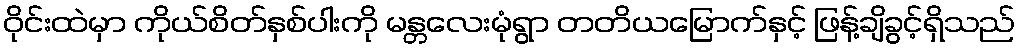
ဝိုင်းထဲမှာ ကိုယ်စိတ်နှစ်ပါးကို မန္တလေးမုံရွာ တတိယမြောက်နှင့် ဖြန့်ချိခွင့်ရှိသည်